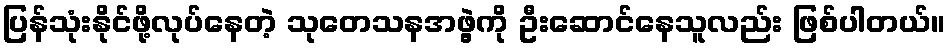
ပြန်သုံးနိုင်ဖို့လုပ်နေတဲ့ သုတေသနအဖွဲ့ကို ဦးဆောင်နေသူလည်း ဖြစ်ပါတယ်။